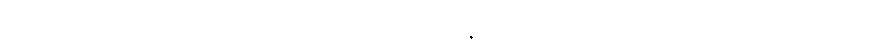
လျှောက်၏။ ကိံ အဝေါစ၊ အဘယ်သို့လျှောက်သနည်း။ ဘောဂေါတမ၊ အရှင်ဂေါတမ။ ဓမ္မော၊